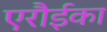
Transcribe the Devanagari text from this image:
एरौईका